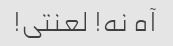
آه نه! لعنتی!